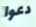
دعوا